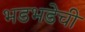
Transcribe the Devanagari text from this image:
भडभडेची